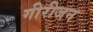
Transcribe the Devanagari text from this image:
गीरीजन